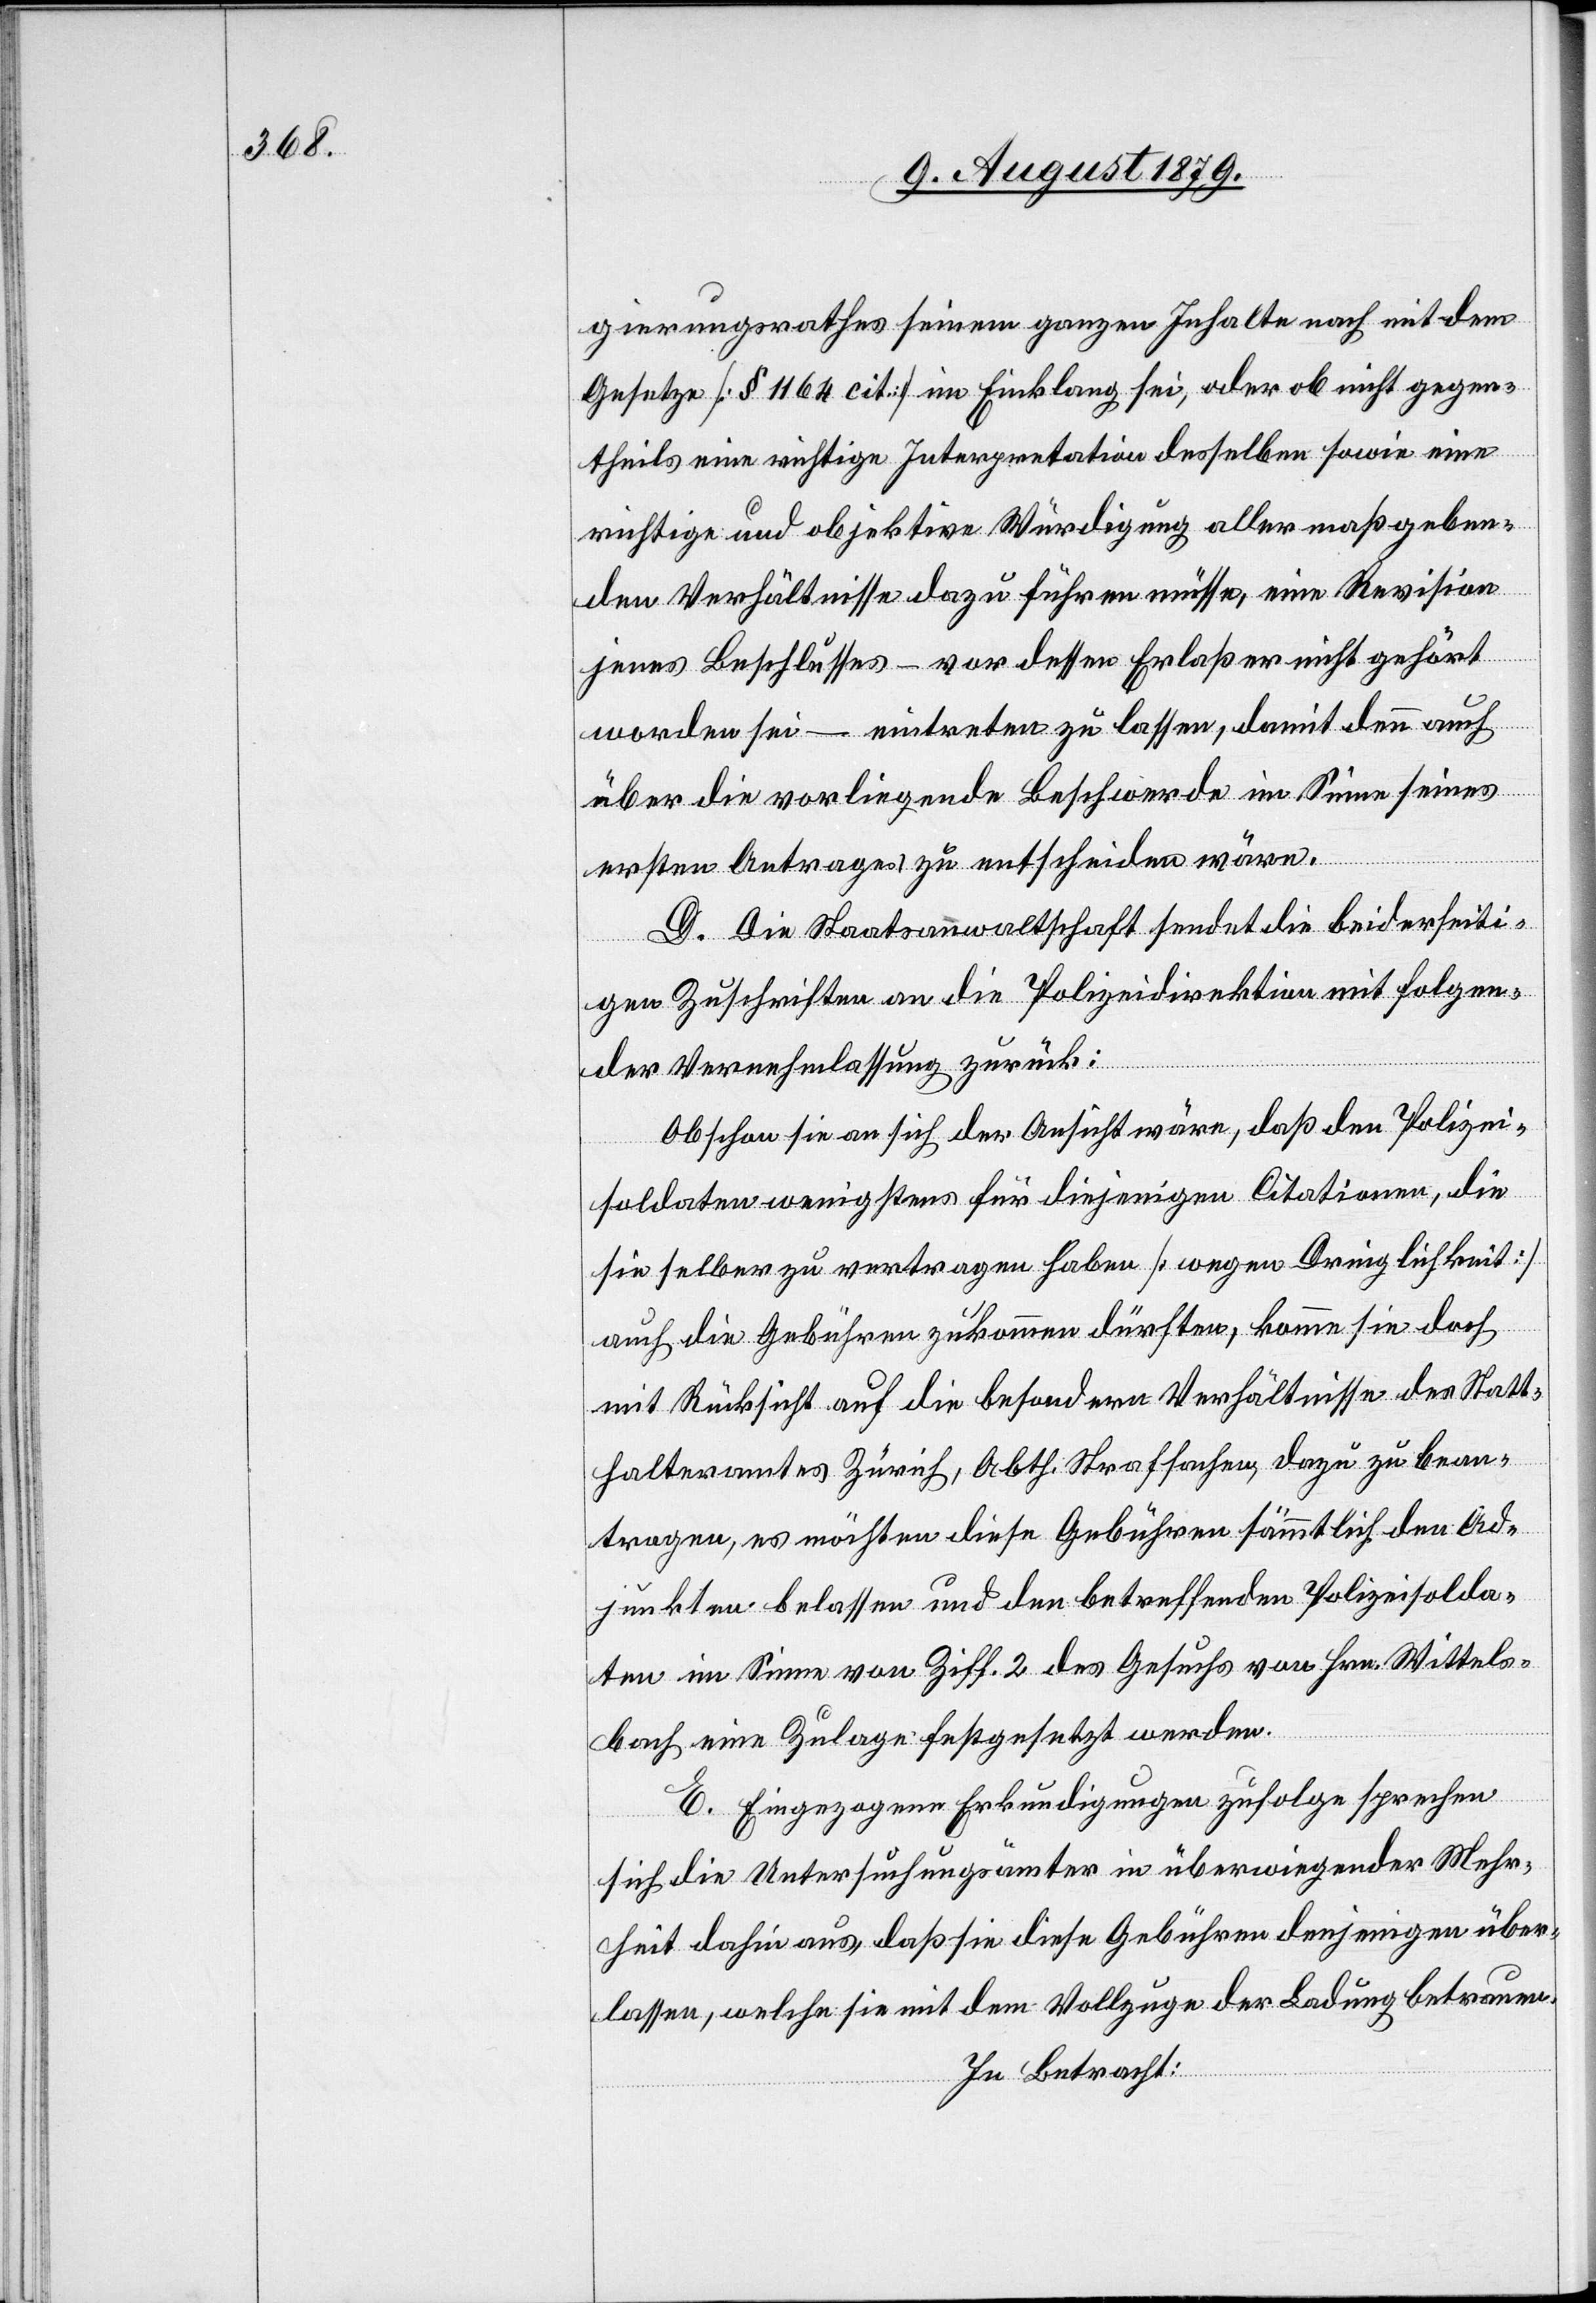
gierungsrathes seinem ganzen Inhalte nach mit dem
Gesetze [§ 1164 cit.] im Einklang sei, oder ob nicht gegen¬
theils eine richtige Interpretation desselben sowie eine
richtige und objektive Würdigung aller maßgeben¬
den Verhältnisse dazu führen müsse, eine Revision
jenes Beschlusses – vor dessen Erlaß er nicht gehört
worden sei – eintreten zu lassen, damit denn auch
über die vorliegende Beschwerde im Sinne seines
ersten Antrages zu entscheiden wäre.
D. Die Staatsanwaltschaft sendet die beiderseiti¬
gen Zuschriften an die Polizeidirektion mit folgen¬
der Vernehmlassung zurück:
Obschon sie an sich der Ansicht wäre, daß den Polizei¬
soldaten wenigstens für diejenigen Citationen, die
sie selber zu vertragen haben [wegen Dringlichkeit]
auch die Gebühren zukommen dürften, komme sie doch
mit Rücksicht auf die besondern Verhältnisse des Statt¬
halteramtes Zürich, Abth. Strafsachen, dazu zu bean¬
tragen, es möchten diese Gebühren sämmtlich den Ad¬
junkten belassen und den betreffenden Polizeisolda¬
ten im Sinne von Ziff. 2 des Gesuchs von Hrn. Wittels¬
bach eine Zulage festgesetzt werden.
E. Eingezogene Erkundigungen zufolge sprechen
sich die Untersuchungsämter in überwiegender Mehr¬
heit dahin aus, daß sie diese Gebühren denjenigen über¬
lassen, welche sie mit dem Vollzuge der Ladung betrauen.
In Betracht: